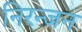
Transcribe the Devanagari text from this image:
निरन्जन